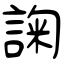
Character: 諊